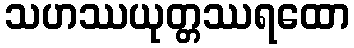
သဟဿယုတ္တဿရထော